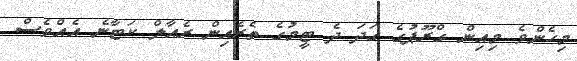
މިހެންވެ މިއިން ގްރޫޕުގެ ގަދަ ދެ ޓީމުގެ ތެރެއިން ރެއާލް ކަޓާނެ އެއްވެސް